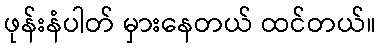
ဖုန်းနံပါတ် မှားနေတယ် ထင်တယ်။